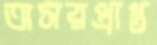
অসরপ্রাপ্ত